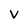
Character: v